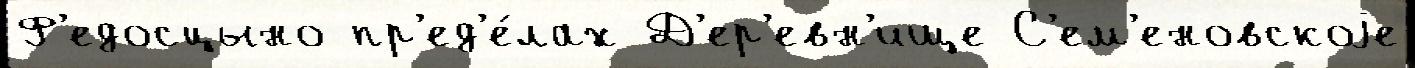
Ф'едосцыно пр'ед'е́лах Д'ер'евн'ище С'ем'еновскоjе